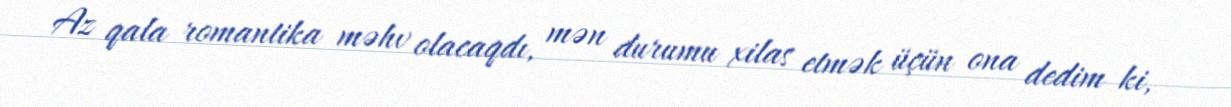
Az qala romantika məhv olacaqdı, mən durumu xilas etmək üçün ona dedim ki,